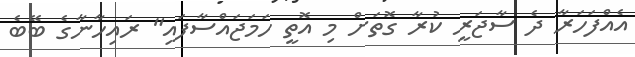
އެއްފަހަރާ ދެ ސާޖަރީ ކުރާ ގޮތަށް މި އޮތީ ހަމަޖައްސާފައި" ރައިހާނާގެ ބޭބެ